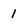
Character: 1